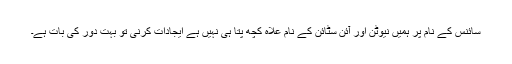
سائنس کے نام پر ہمیں نیوٹن اور آئن سٹائن کے نام علاہ کچھ پتا ہی نہیں ہے ایجادات کرنی تو بہت دور کی بات ہے۔